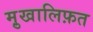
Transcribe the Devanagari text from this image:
मु़खालिफ़त